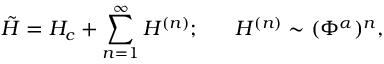
\tilde { H } = H _ { c } + \sum _ { n = 1 } ^ { \infty } H ^ { ( n ) } ; ~ ~ ~ ~ ~ H ^ { ( n ) } \sim ( \Phi ^ { \alpha } ) ^ { n } ,